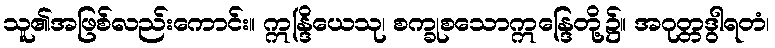
သူ၏အဖြစ်လည်းကောင်း။ ဣန္ဒြိယေသု၊ စက္ခုစသောဣန္ဒြေတို့၌။ အဂုတ္တဒွါရတံ၊